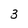
Character: 3